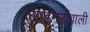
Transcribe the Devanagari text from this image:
लाइनरोंवाली